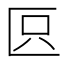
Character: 𠤴